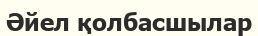
Әйел қолбасшылар